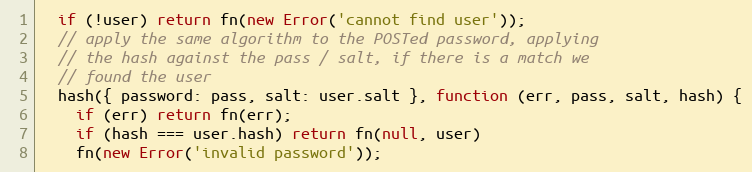
Language: JavaScript
  if (!user) return fn(new Error('cannot find user'));
  // apply the same algorithm to the POSTed password, applying
  // the hash against the pass / salt, if there is a match we
  // found the user
  hash({ password: pass, salt: user.salt }, function (err, pass, salt, hash) {
    if (err) return fn(err);
    if (hash === user.hash) return fn(null, user)
    fn(new Error('invalid password'));